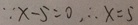
\because x - 5 = 0 , \therefore x = 5